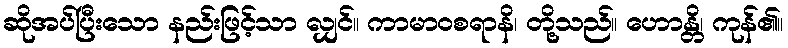
ဆိုအပ်ပြီးသော နည်းဖြင့်သာ လျှင်။ ကာမာဝစရာနိ၊ တို့သည်။ ဟောန္တိ၊ ကုန်၏။